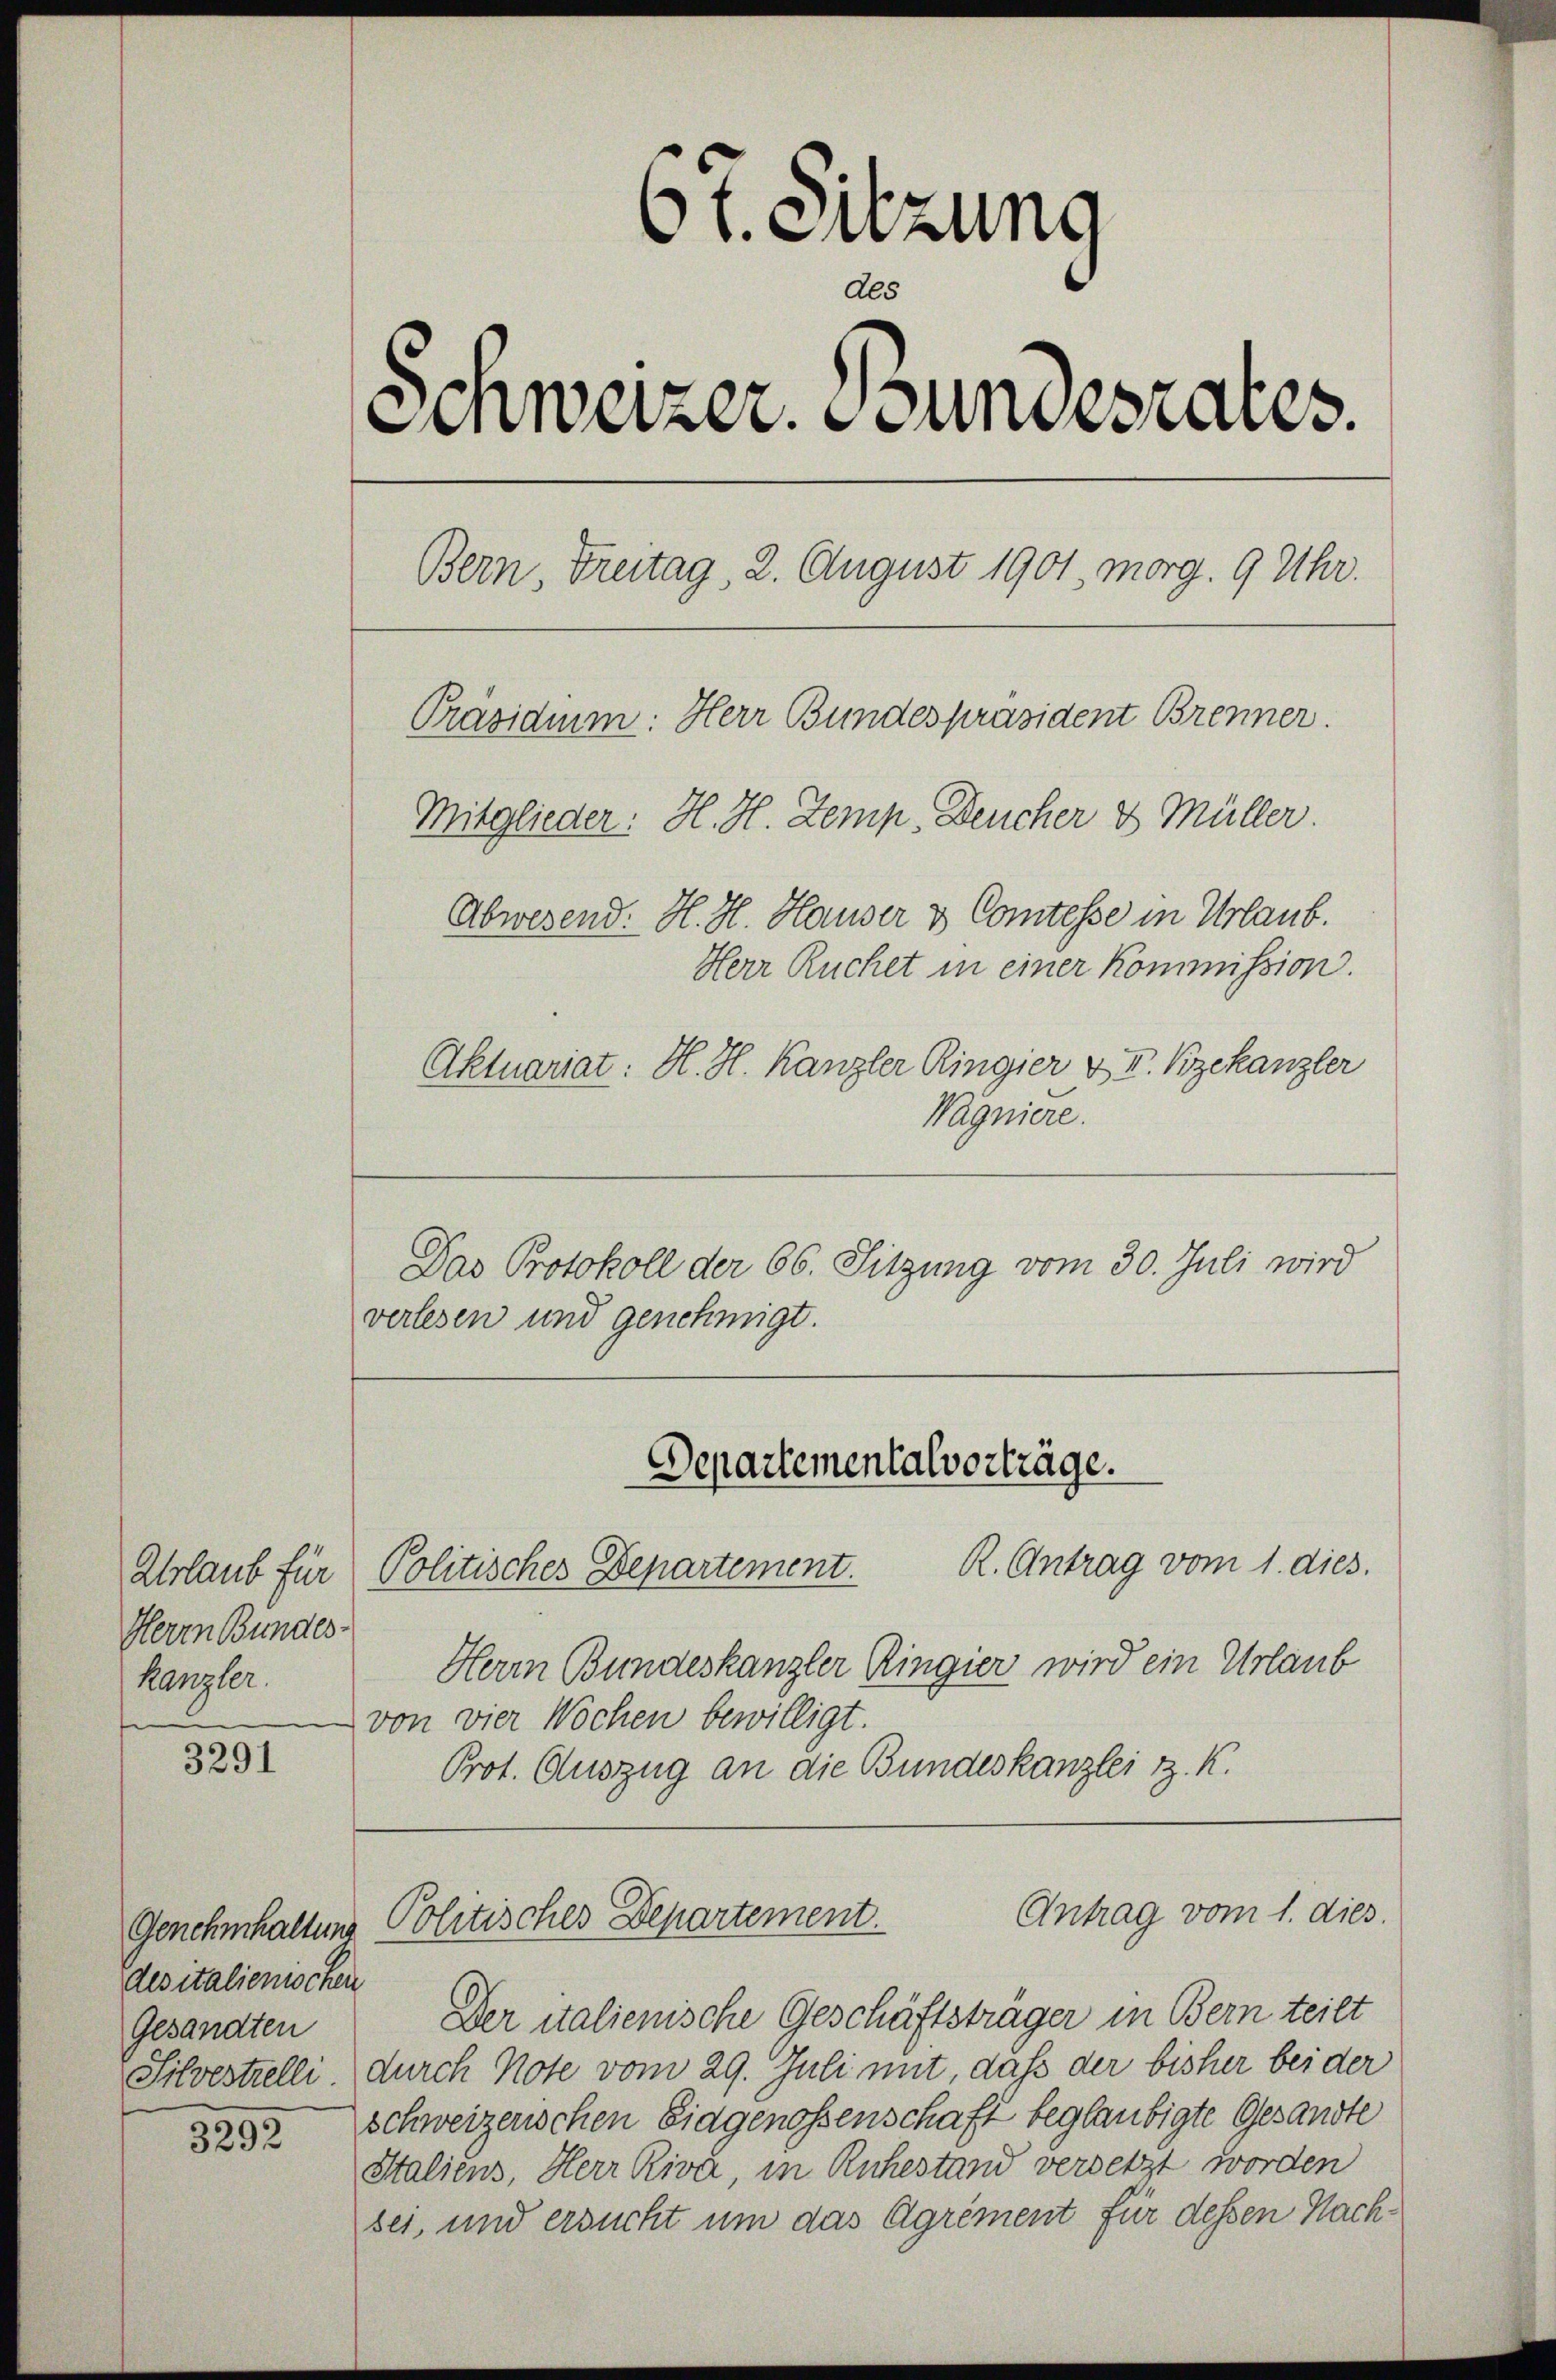
Urlaub für
Herrn Bundes-
kanzler.

3291

des italienischen
Gesandten

3392

bt. Sitzung
Al.
Schweizer. Bundesrates.
Bern, Freitag, 2. August 1901, morg. 9 Uhr.
Präsidium: Herr Bundespräsident Brenner.
Mitglieder: H. H. Zemp, Deucher & Müller.
Abwesend: H. H. Hauser & Comtesse in Urlaub.
Herr Ruchet in einer Kommission.
Aktuariat: H. H. Kanzler Ringier & II. Bzekanzler

Wagniere.
Das Protokoll der 66. Sitzung vom 30. Juli wird
verlesen und genehmigt.

R. Antrag vom 1. dies
Politisches Departement.
Herm Bundeskanzler Ringier wird ein Urlaub
von vier Wochen bewilligt.
Prot. Auszug an die Bundeskanzlei z. K.

Departementalvorträge.

Der italienische Geschäftsträger in Bern teilt
Silvestelli durch Note vom 29. Juli mit, daß der bisher bei der
schweizerischen Eidgenossenschaft beglaubigte Gesandte
Staliens, Herr Riva, in Ruhestand versetzt worden
sei, und ersucht um das Agrément für dessen Nach¬

Antrag vom 1. dies
Genehmhaltung Politisches Departement.